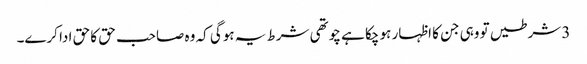
3 شرطیں تو وہی جن کا اظہار ہو چکا ہے چوتھی شرط یہ ہوگی کہ وہ صاحب حق کا حق ادا کرے۔